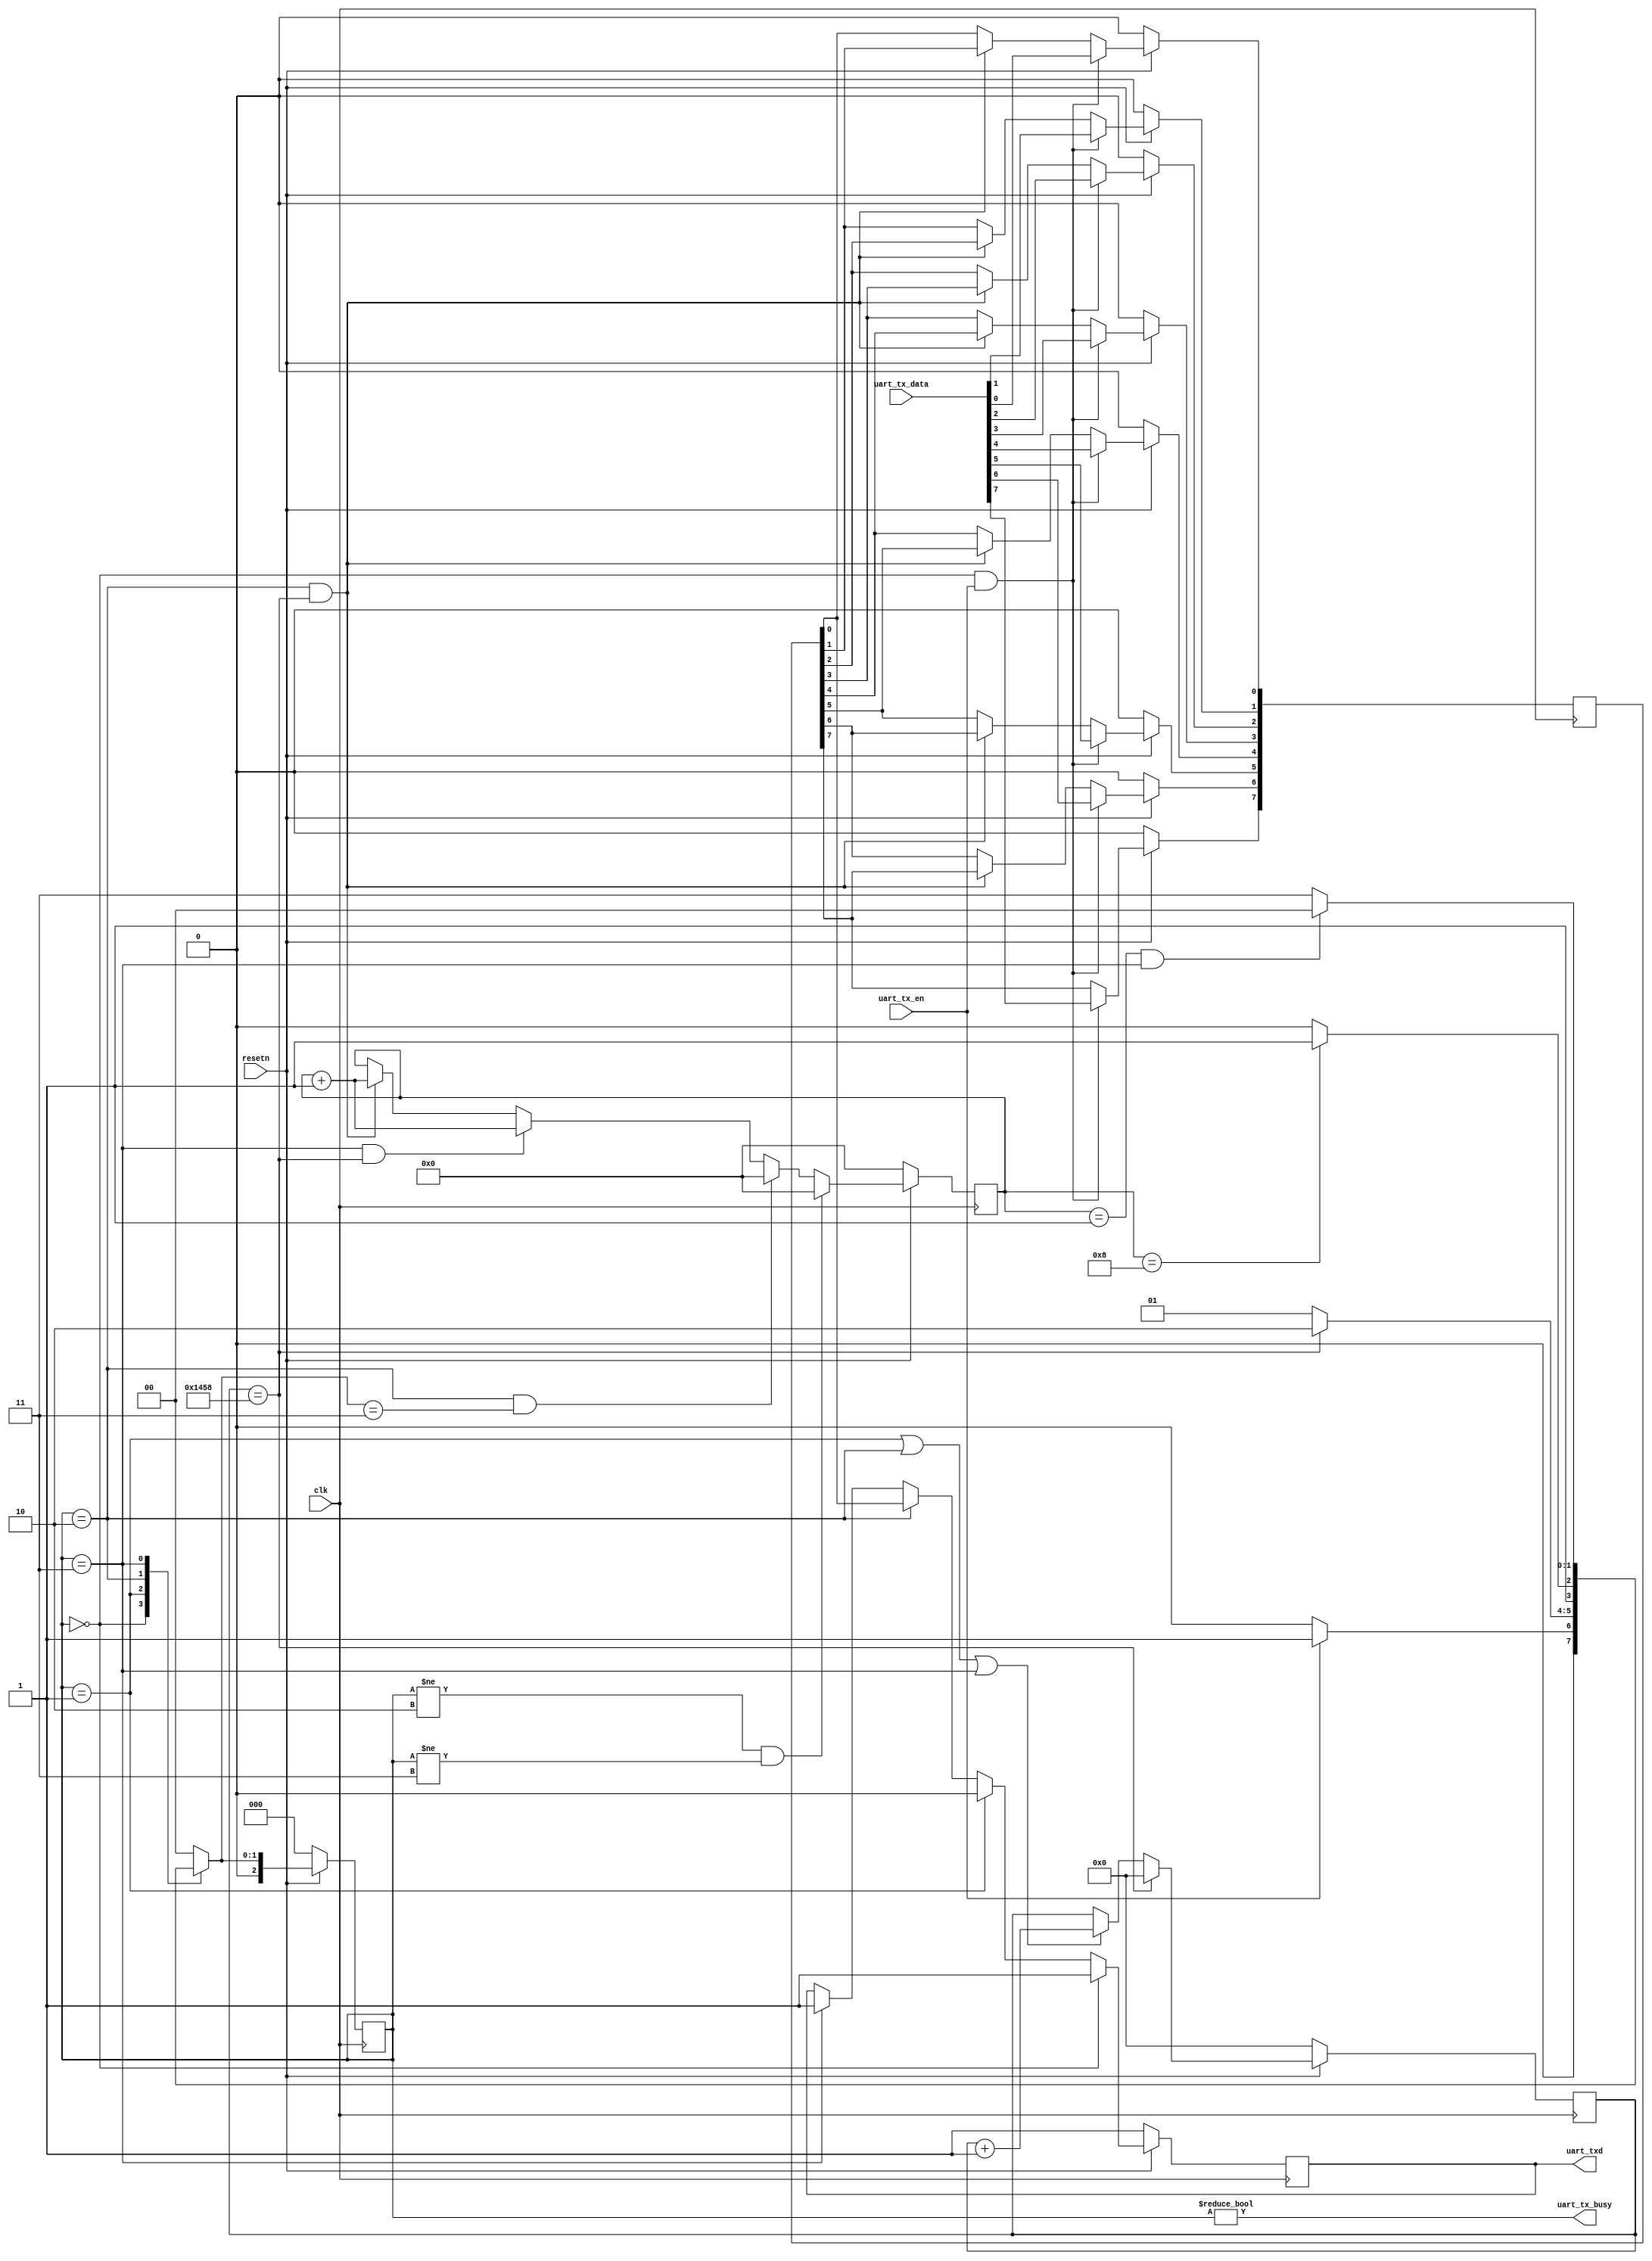
module uart_tx(
input  wire         clk         , 
input  wire         resetn      , 
output wire         uart_txd    , 
output wire         uart_tx_busy, 
input  wire         uart_tx_en  , 
input  wire [PAYLOAD_BITS-1:0]   uart_tx_data  
);

parameter   BIT_RATE        = 9600; 
localparam  BIT_P           = 1_000_000_000 * 1/BIT_RATE;
parameter   CLK_HZ          =    50_000_000;
localparam  CLK_P           = 1_000_000_000 * 1/CLK_HZ; 
parameter   PAYLOAD_BITS    = 8;
parameter   STOP_BITS       = 1;

localparam       CYCLES_PER_BIT     = BIT_P / CLK_P;

localparam       COUNT_REG_LEN      = 1+$clog2(CYCLES_PER_BIT);
reg txd_reg;
reg [PAYLOAD_BITS-1:0] data_to_send;
reg [COUNT_REG_LEN-1:0] cycle_counter;
reg [3:0] bit_counter;
reg [2:0] fsm_state;
reg [2:0] n_fsm_state;

localparam FSM_IDLE = 0;
localparam FSM_START= 1;
localparam FSM_SEND = 2;
localparam FSM_STOP = 3;


assign uart_tx_busy = fsm_state != FSM_IDLE;
assign uart_txd     = txd_reg;

wire next_bit     = cycle_counter == CYCLES_PER_BIT;
wire payload_done = bit_counter   == PAYLOAD_BITS  ;
wire stop_done    = bit_counter   == STOP_BITS && fsm_state == FSM_STOP;

always @(*) begin : p_n_fsm_state
    case(fsm_state)
        FSM_IDLE : n_fsm_state = uart_tx_en   ? FSM_START: FSM_IDLE ;
        FSM_START: n_fsm_state = next_bit     ? FSM_SEND : FSM_START;
        FSM_SEND : n_fsm_state = payload_done ? FSM_STOP : FSM_SEND ;
        FSM_STOP : n_fsm_state = stop_done    ? FSM_IDLE : FSM_STOP ;
        default  : n_fsm_state = FSM_IDLE;
    endcase
end

integer i = 0;
always @(posedge clk) begin : p_data_to_send
    if(!resetn) begin
        data_to_send <= {PAYLOAD_BITS{1'b0}};
    end else if(fsm_state == FSM_IDLE && uart_tx_en) begin
        data_to_send <= uart_tx_data;
    end else if(fsm_state       == FSM_SEND       && next_bit ) begin
        for ( i = PAYLOAD_BITS-2; i >= 0; i = i - 1) begin
            data_to_send[i] <= data_to_send[i+1];
        end
    end
end

always @(posedge clk) begin : p_bit_counter
    if(!resetn) begin
        bit_counter <= 4'b0;
    end else if(fsm_state != FSM_SEND && fsm_state != FSM_STOP) begin
        bit_counter <= {COUNT_REG_LEN{1'b0}};
    end else if(fsm_state == FSM_SEND && n_fsm_state == FSM_STOP) begin
        bit_counter <= {COUNT_REG_LEN{1'b0}};
    end else if(fsm_state == FSM_STOP&& next_bit) begin
        bit_counter <= bit_counter + 1'b1;
    end else if(fsm_state == FSM_SEND && next_bit) begin
        bit_counter <= bit_counter + 1'b1;
    end
end

always @(posedge clk) begin : p_cycle_counter
    if(!resetn) begin
        cycle_counter <= {COUNT_REG_LEN{1'b0}};
    end else if(next_bit) begin
        cycle_counter <= {COUNT_REG_LEN{1'b0}};
    end else if(fsm_state == FSM_START || 
                fsm_state == FSM_SEND  || 
                fsm_state == FSM_STOP   ) begin
        cycle_counter <= cycle_counter + 1'b1;
    end
end

always @(posedge clk) begin : p_fsm_state
    if(!resetn) begin
        fsm_state <= FSM_IDLE;
    end else begin
        fsm_state <= n_fsm_state;
    end
end

always @(posedge clk) begin : p_txd_reg
    if(!resetn) begin
        txd_reg <= 1'b1;
    end else if(fsm_state == FSM_IDLE) begin
        txd_reg <= 1'b1;
    end else if(fsm_state == FSM_START) begin
        txd_reg <= 1'b0;
    end else if(fsm_state == FSM_SEND) begin
        txd_reg <= data_to_send[0];
    end else if(fsm_state == FSM_STOP) begin
        txd_reg <= 1'b1;
    end
end

endmodule